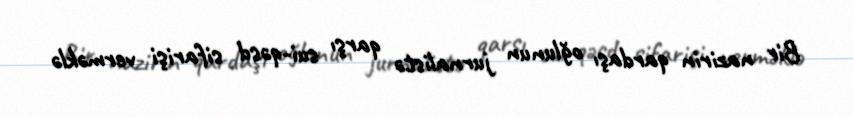
Bir nazirin qardaşı oğlunun jurnalistə qarşı sui-qəsd sifarişi verməklə